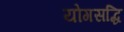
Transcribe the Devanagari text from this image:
योगसद्धि